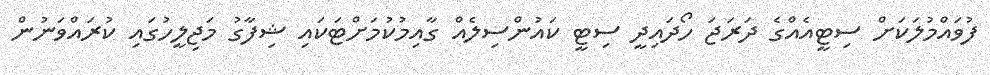
ފުވައްމުލަކަށް ސިޓީއެއްގެ ދަރަޖަ ހޯދައިދީ ސިޓީ ކައުންސިލެއް ގާއިމުކުމަށްޓަކައި ޝިފާގު މަޖިލީހުގައި ކުރައްވަނުން